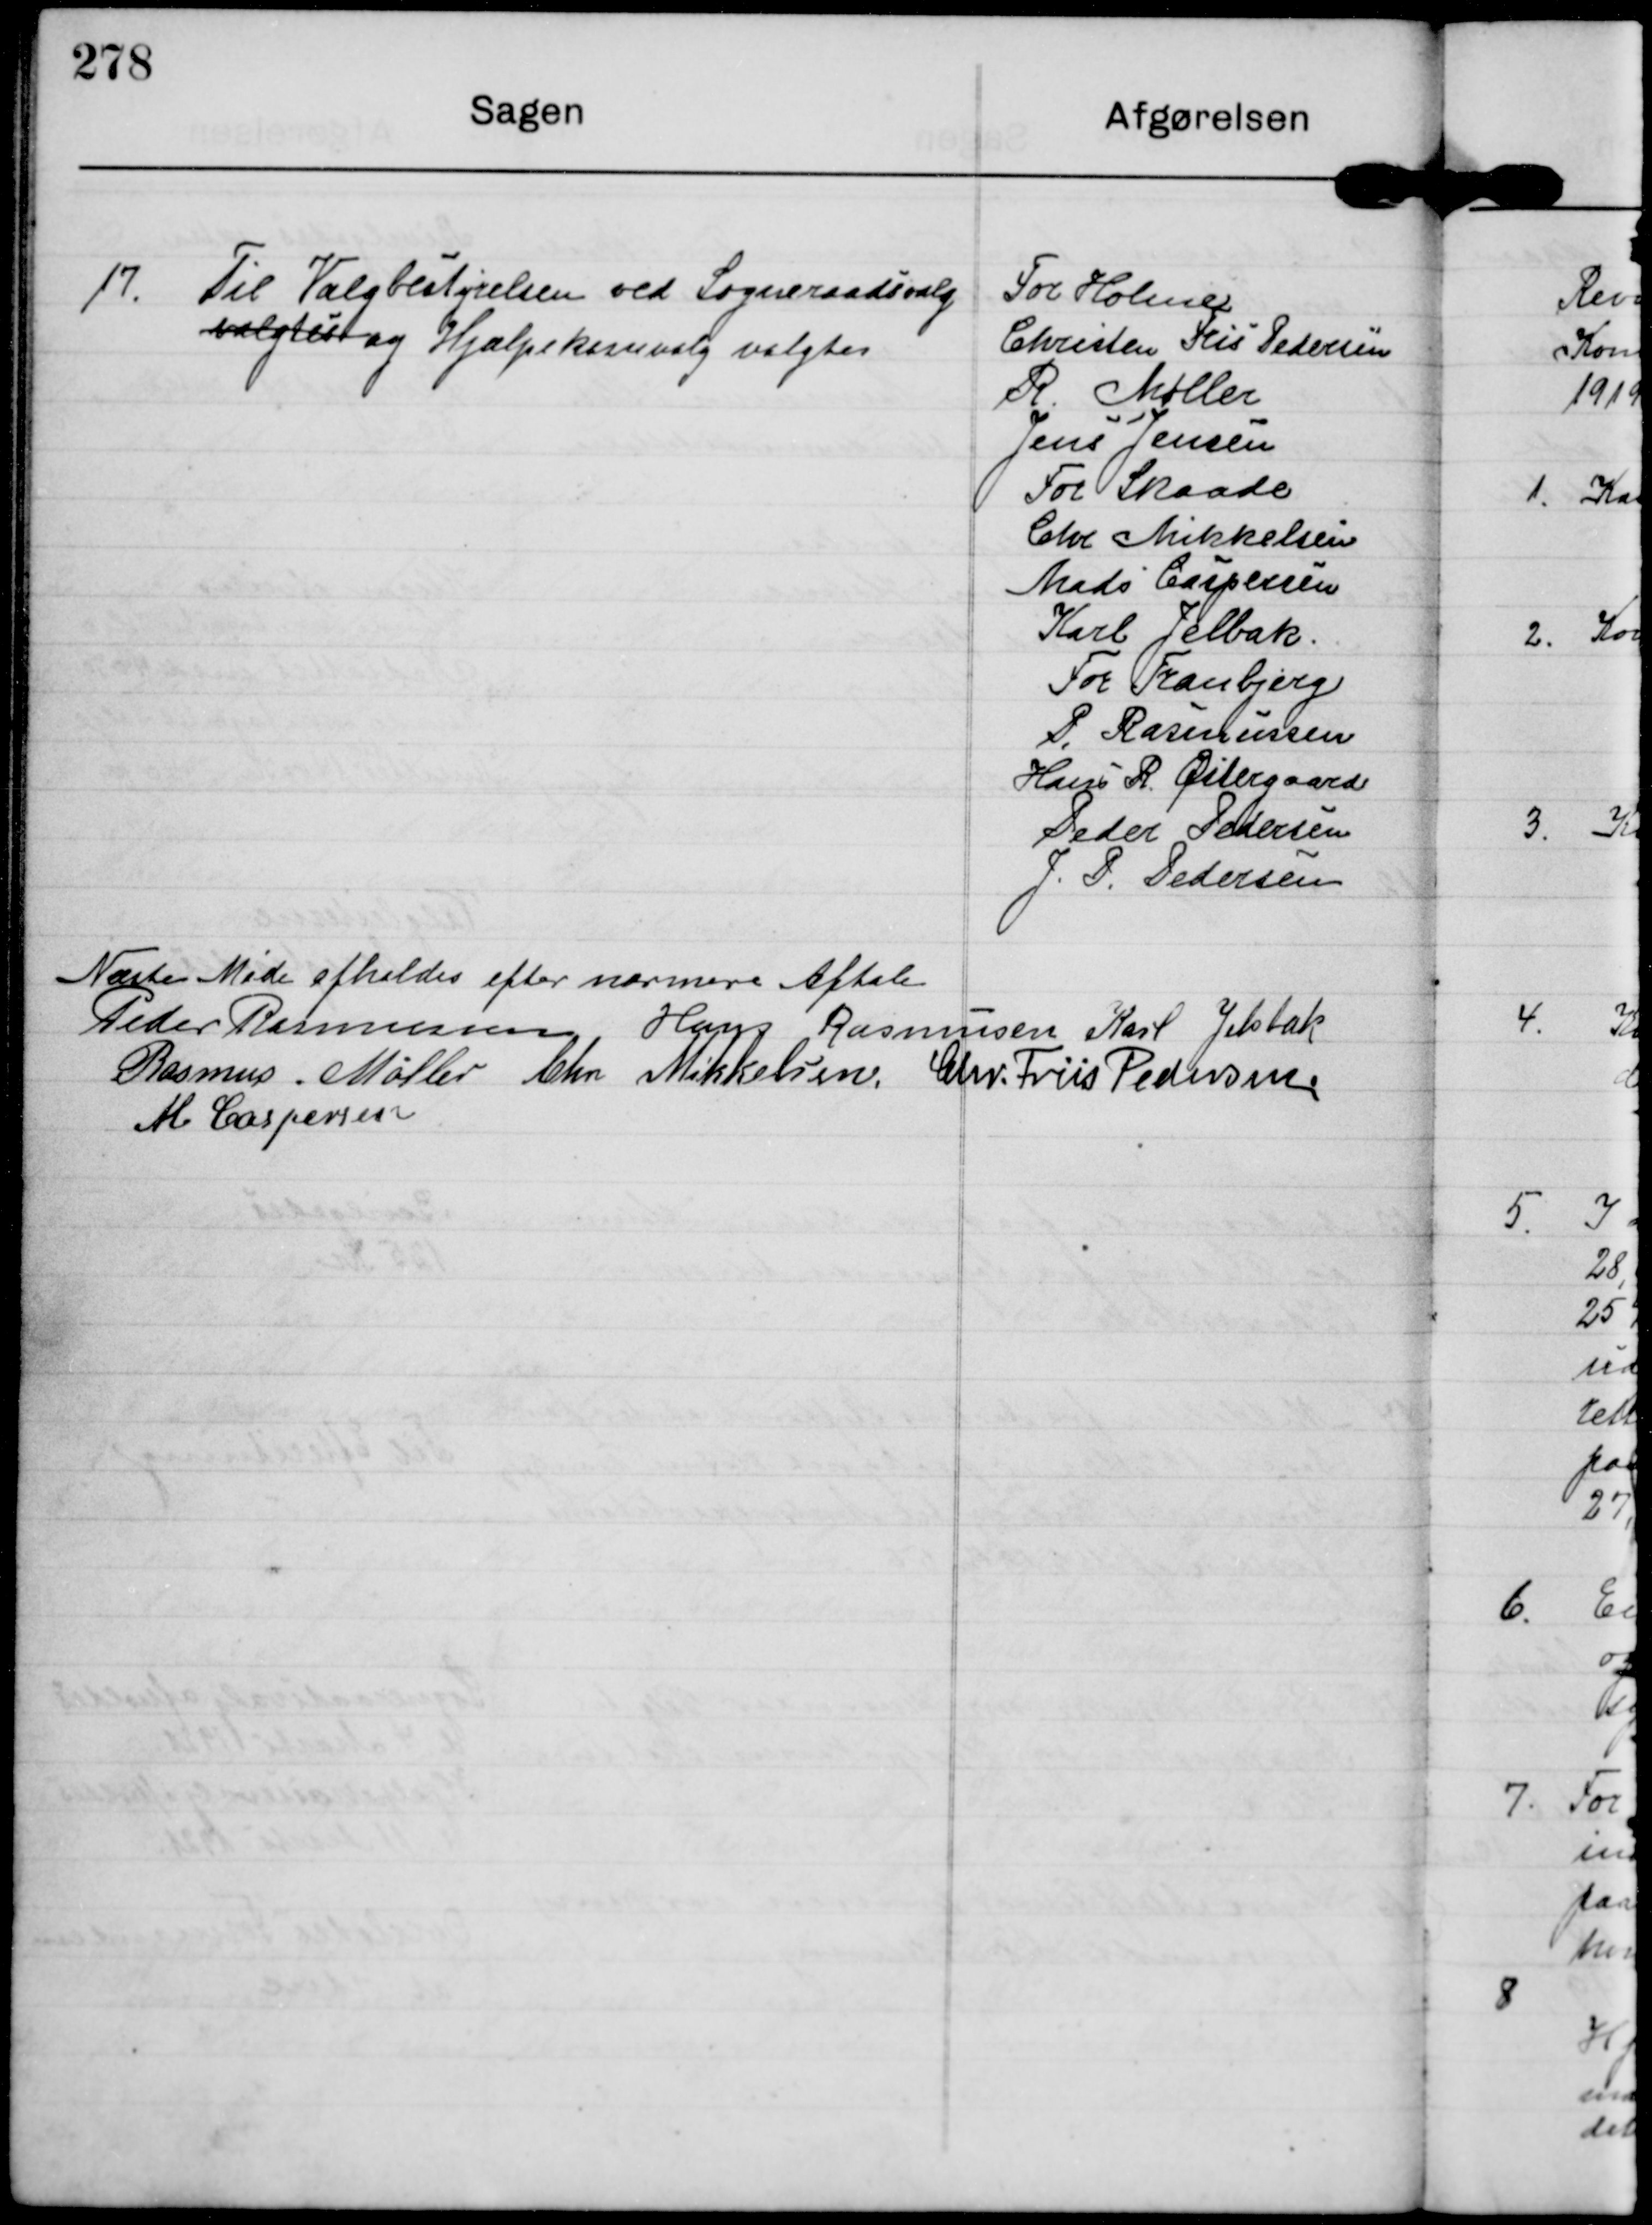
Transskription:
17

Til Valgbestyrelsen ved Sogneraadsvalg
valstest  og Hjælpekassevalg valgtes

For Holme
Christen Fris Pedersen
R Møller
Jens Jensen.
For Skaade
Chr Mikkelsen
Mads Caspersen
Karl Jelbak
For Tranbjerg
P Rasmussen
Hans R. Østergaard
Peder Pedersen
J. P. Pedersen

Næste Møde afholdes efter nærmere Aftale

Peder Rasmussen Hans Rasmussen Karl Jelsbak
Rasmus Møller Chr Mikkelsen Chr. Friis Pedersen
M Caspersen